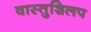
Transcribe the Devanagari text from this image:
वास्तुशिलप